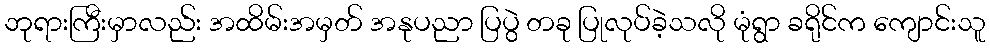
ဘုရားကြီးမှာလည်း အထိမ်းအမှတ် အနုပညာ ပြပွဲ တခု ပြုလုပ်ခဲ့သလို မုံရွာ ခရိုင်က ကျောင်းသူ